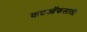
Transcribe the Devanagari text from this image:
कटऑफसाठी